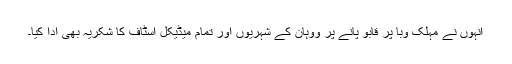
انہوں نے مہلک وبا پر قابو پانے پر ووہان کے شہریوں اور تمام میڈیکل اسٹاف کا شکریہ بھی ادا کیا۔